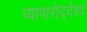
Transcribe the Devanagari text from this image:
व्यापारोद्देश्य